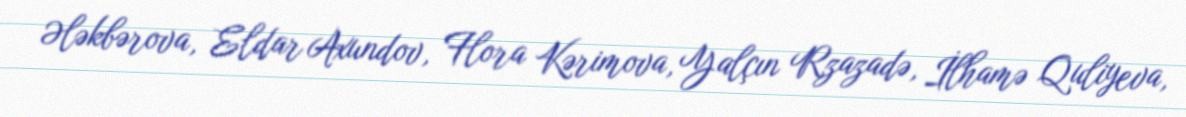
Ələkbərova, Eldar Axundov, Flora Kərimova, Yalçın Rzazadə, İlhamə Quliyeva,